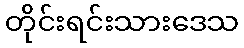
တိုင်းရင်းသားဒေသ